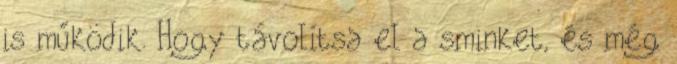
is működik. Hogy távolítsa el a sminket, és még